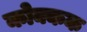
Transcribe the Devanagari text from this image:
कोक्कक